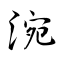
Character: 涴